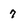
Character: 7